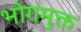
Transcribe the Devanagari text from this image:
भोगमुक्त